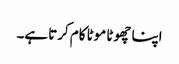
اپنا چھوٹا موٹا کام کرتا ہے۔